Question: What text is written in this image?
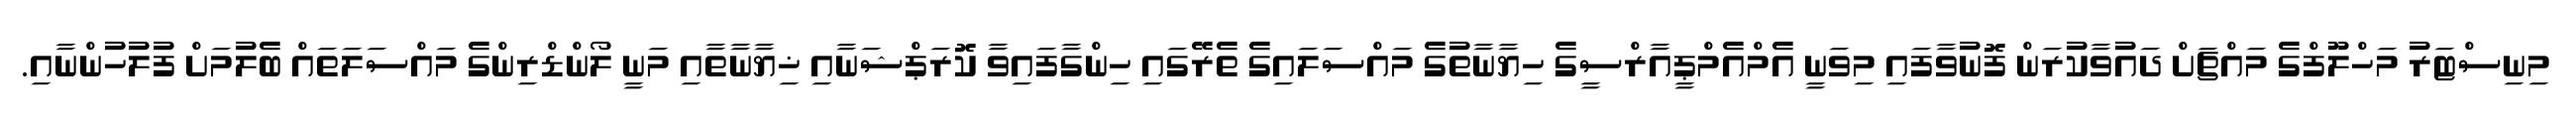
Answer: މިނިސްޓަރު މަހްލޫފްގެ މައްޗަށް ދައުވާކުރަން ފޮނުވާފައި މިވަނީ އެމްއެމްޕީއާރްސީގެ ހިޔާނާތުގެ މައްސަލައިގެ ތެރޭގައި ހިންގާފައިވާ ކޮރަޕްޝަނާއި ޚިޔާނާތާއި މަނީ ލޯންޑްރިންގެ މައްސަލަތައް ބެލުމަށް ފުލުހުންނާއި.